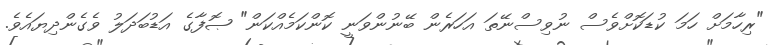
"ރިހާމަށް ހަމަ ކުޑަކޮށްވެސް ނުވިސްނޭތަ އަހަރެން ބޭނުންވަނީ ކޮންކަމެއްކަން" ޞޮފާގެ އަޑުބަދަލު ވެގެންދިޔައެވެ.